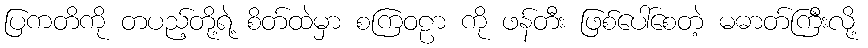
ပြကတိကို တပည့်တို့ရဲ့ စိတ်ထဲမှာ စကြဝဠာ ကို ဖန်တီး ဖြစ်ပေါ်စေတဲ့ မဓာတ်ကြီးလို့